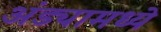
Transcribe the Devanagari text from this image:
अंड्यामध्ये